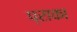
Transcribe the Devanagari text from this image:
प्राका